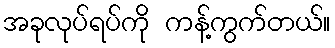
အခုလုပ်ရပ်ကို ကန့်ကွက်တယ်။